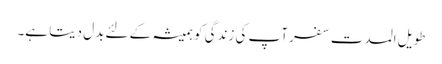
طویل المدت سفر آپ کی زندگی کو ہمیشہ کے لئے بدل دیتا ہے۔